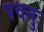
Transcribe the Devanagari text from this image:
पवनुः